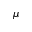
\mu